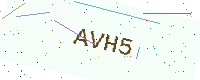
Text: AVH5